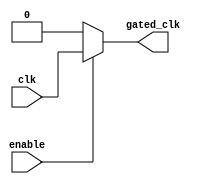
module ConditionalClockGating (
    input wire clk,         // Primary clock signal
    input wire enable,      // Enable signal for clock gating
    output wire gated_clk   // Gated clock output
);

// Gating Logic
assign gated_clk = enable ? clk : 1'b0;

endmodule